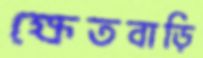
ক্ষেতবাড়ি